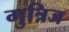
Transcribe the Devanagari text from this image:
गुत्रिज